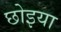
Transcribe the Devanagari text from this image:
छोइया